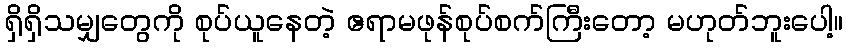
ရှိရှိသမျှတွေကို စုပ်ယူနေတဲ့ ဧရာမဖုန်စုပ်စက်ကြီးတော့ မဟုတ်ဘူးပေါ့။